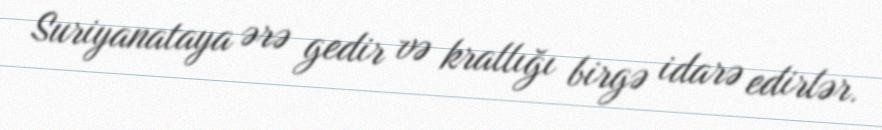
Suriyanataya ərə gedir və krallığı birgə idarə edirlər.